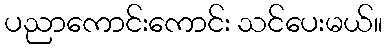
ပညာကောင်းကောင်း သင်ပေးမယ်။